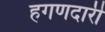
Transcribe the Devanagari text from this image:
हगणदारी